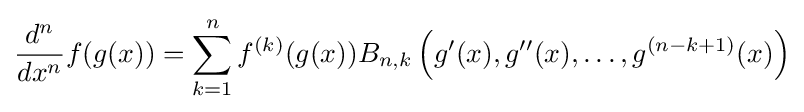
{d^{n} \over dx^{n}}f(g(x))=\sum _{k=1}^{n}f^{(k)}(g(x))B_{n,k}\left(g'(x),g''(x),\dots ,g^{(n-k+1)}(x)\right)